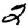
Digit: 2